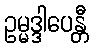
ဥမ္မဒ္ဒါပေန္တီ